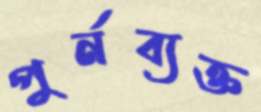
পুর্নব্যক্ত